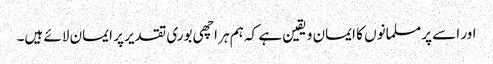
اور اسے پر مسلمانوں کا ایمان و یقین ہے کہ ہم ہر اچھی بوری تقدیر پر ایمان لائے ہیں۔